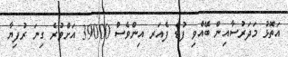
އަތޮޅު މަދަރުސާއިން ބޭއްވި ފުޑް ފެއަރ އިންވެސް 39000 އަށްވުރެ ގިނަ ރުފިޔާ